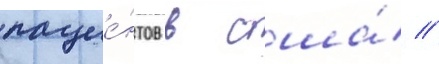
пацие́нтов в сша́ //